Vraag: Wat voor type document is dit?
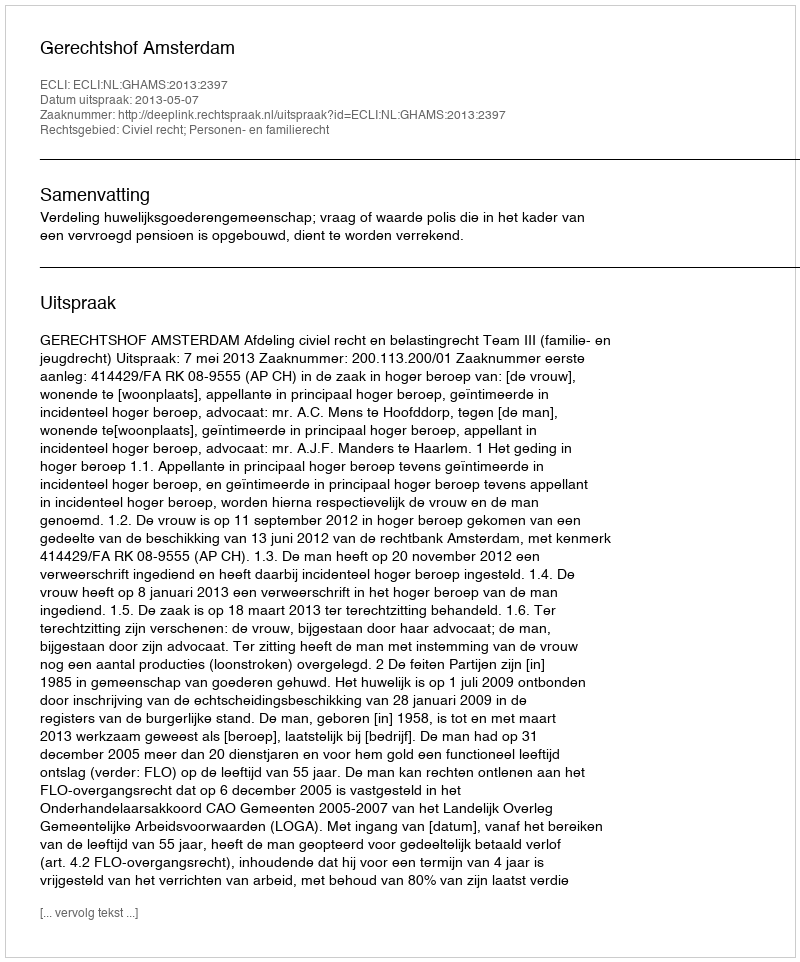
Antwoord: Uitspraak